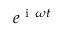
e ^ { \mathrm { ~ i ~ } \omega t }